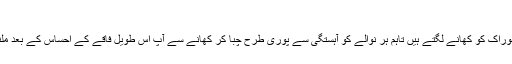
آہستگی سے کھانا
طویل روزے کے بعد افطار کے وقت آپ کچھ زیادہ تیزی سے ہی خوراک کو کھانے لگتے ہیں تاہم ہر نوالے کو آہستگی سے پوری طرح چبا کر کھانے سے آپ اس طویل فاقے کے احساس کے بعد ملنے والی راحت سے زیادہ بہتر طریقے سے لطف اندوز ہوسکیں گے۔